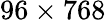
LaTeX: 96\times 768